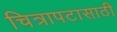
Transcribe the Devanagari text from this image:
चित्रापटासाठी